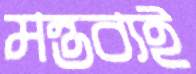
মন্তব্যই